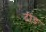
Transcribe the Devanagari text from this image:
ढींड़